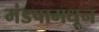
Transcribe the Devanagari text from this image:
मंडपामधून